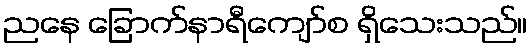
ညနေ ခြောက်နာရီကျော်စ ရှိသေးသည်။